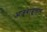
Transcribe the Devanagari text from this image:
आजूबाजूलाच